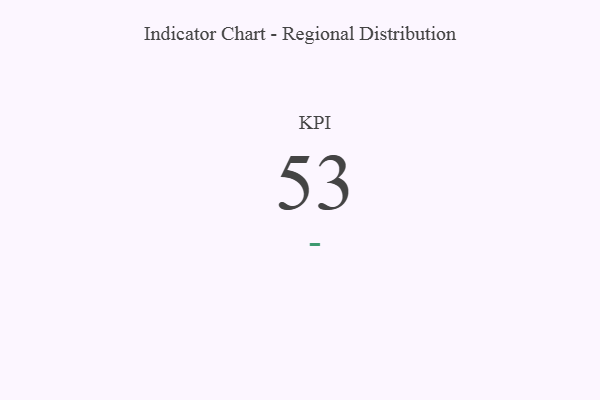
{"axis": {"x": "KPI", "y": "Value"}, "legend": [""], "data": [{"x": "KPI", "y": 53, "type": ""}]}